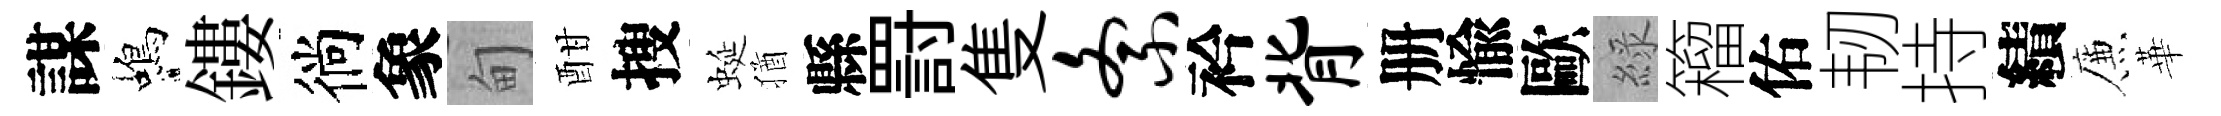
謀蝎鏤徜象甸酣搜蜒猶縣罸隻紊衿背册愉歐綠籕佑韧持績簾華